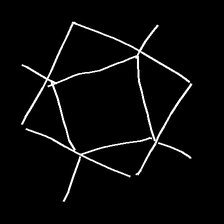
Glyph: light